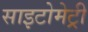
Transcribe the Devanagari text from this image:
साइटोमेट्री